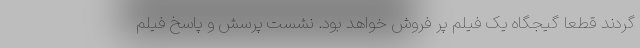
گردند قطعا گیجگاه یک فیلم پر فروش خواهد بود. نشست پرسش و پاسخ فیلم